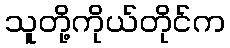
သူတို့ကိုယ်တိုင်က